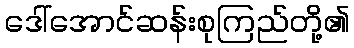
ဒေါ်အောင်ဆန်းစုကြည်တို့၏